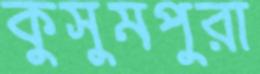
কুসুমপুরা